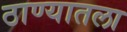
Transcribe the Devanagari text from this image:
ठाण्यातला